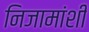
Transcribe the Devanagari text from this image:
निजामांशी